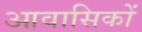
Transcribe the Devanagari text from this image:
आवासिकों